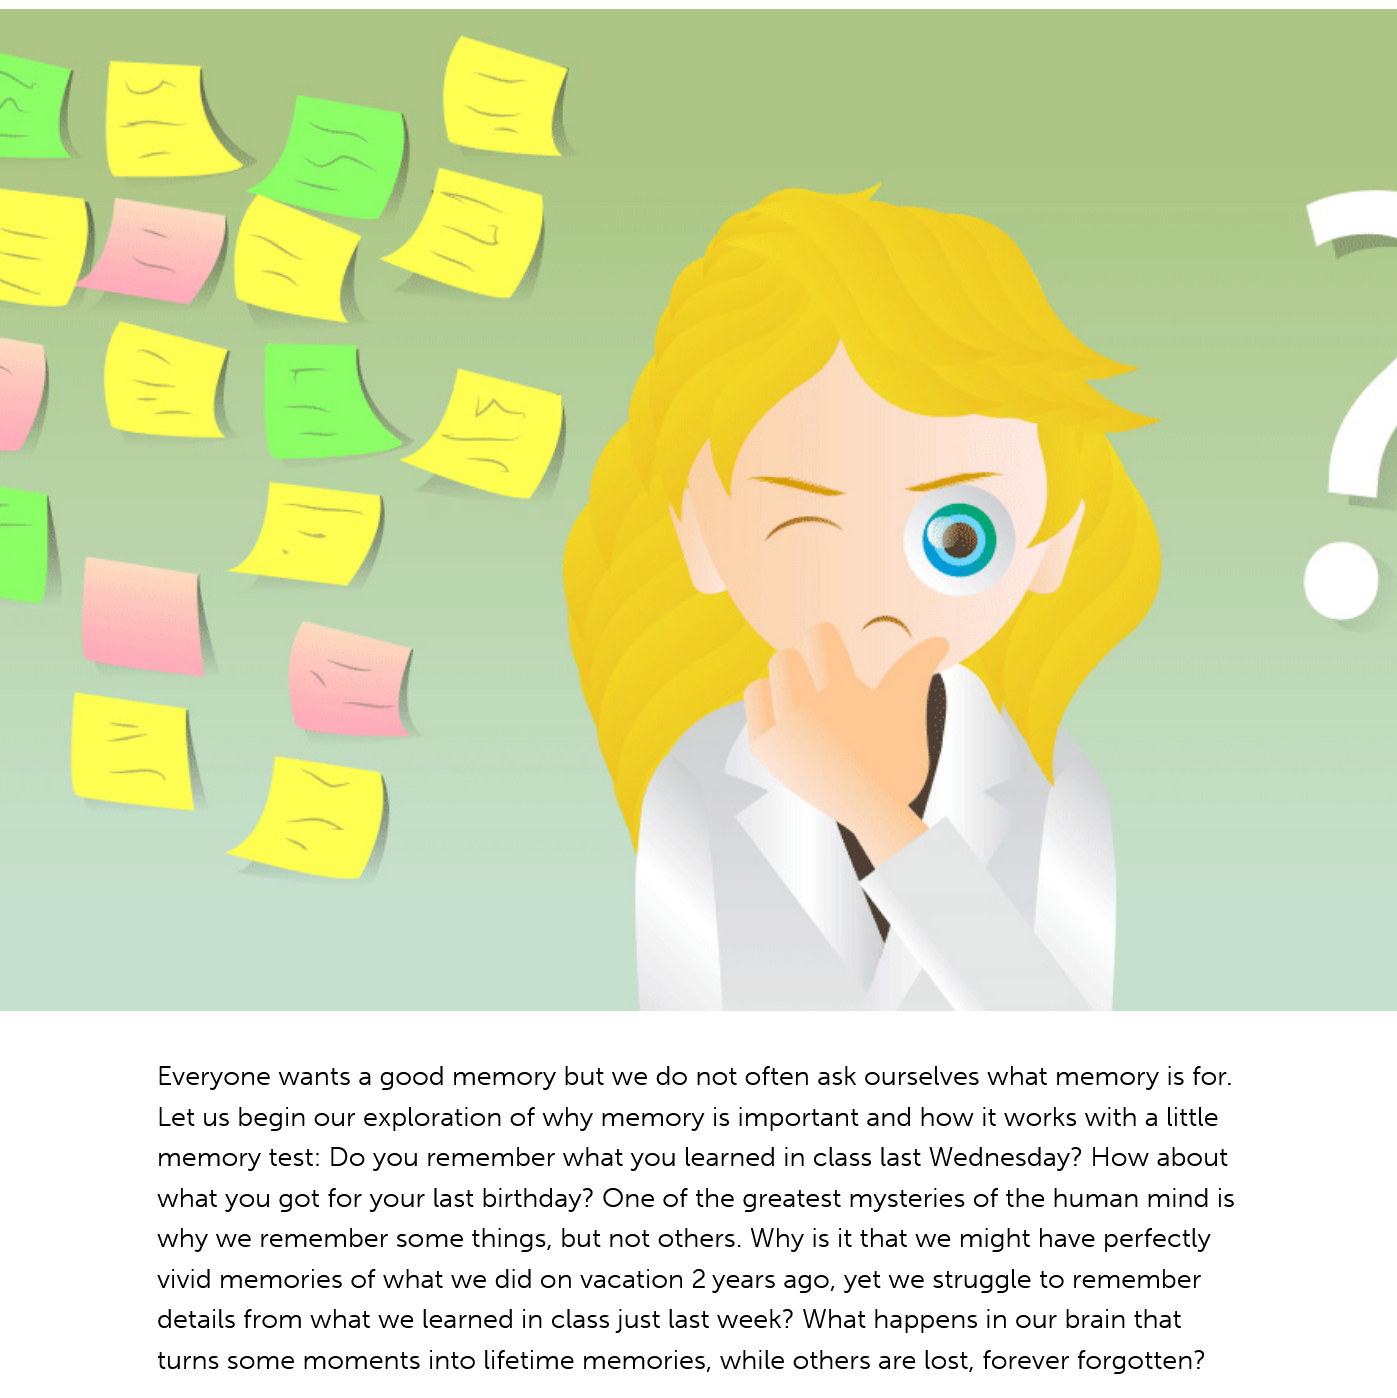
Everyone wants a good memory but we do not often ask ourselves what memory is for.
     Let us begin our exploration of why memory is important and how it works with a little
     memory test: Do you remember what you learned in class last Wednesday? How about
     what you got for your last birthday? One of the greatest mysteries of the human mind is
     why we remember some things, but not others. Why is it that we might have perfectly
     vivid memories of what we did on vacation 2 years ago, yet we struggle to remember
     details from what we learned in class just last week? What happens in our brain that
     turns some moments into lifetime memories, while others are lost, forever forgotten?